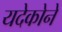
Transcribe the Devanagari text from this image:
यदेकोने